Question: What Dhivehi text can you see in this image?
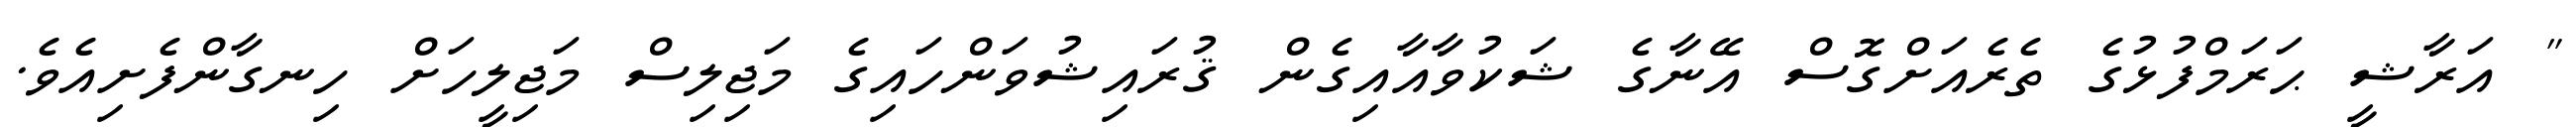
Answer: " އަރާޝީ ޙަރަމްފުޅުގެ ތެރެއަށްގޮސް އޭނާގެ ޝަކުވާއާއިގެން ޤުރައިޝުވަންހައިގެ މަޖިލިސް މަޖިލީހަށް ހިނގާންފެށިއެވެ.